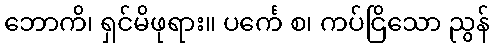
ဘောကိ၊ ရှင်မိဖုရား။ ပင်္ကေ စ၊ ကပ်ငြိသော ညွန်